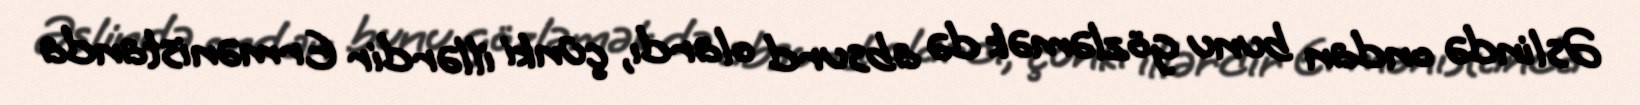
Əslində ondan bunu gözləmək də absurd olardı, çünki illərdir Ermənistanda